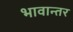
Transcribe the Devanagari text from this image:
भावान्तर